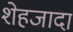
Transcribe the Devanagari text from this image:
शेहजादा